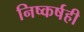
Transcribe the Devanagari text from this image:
निष्कर्षही